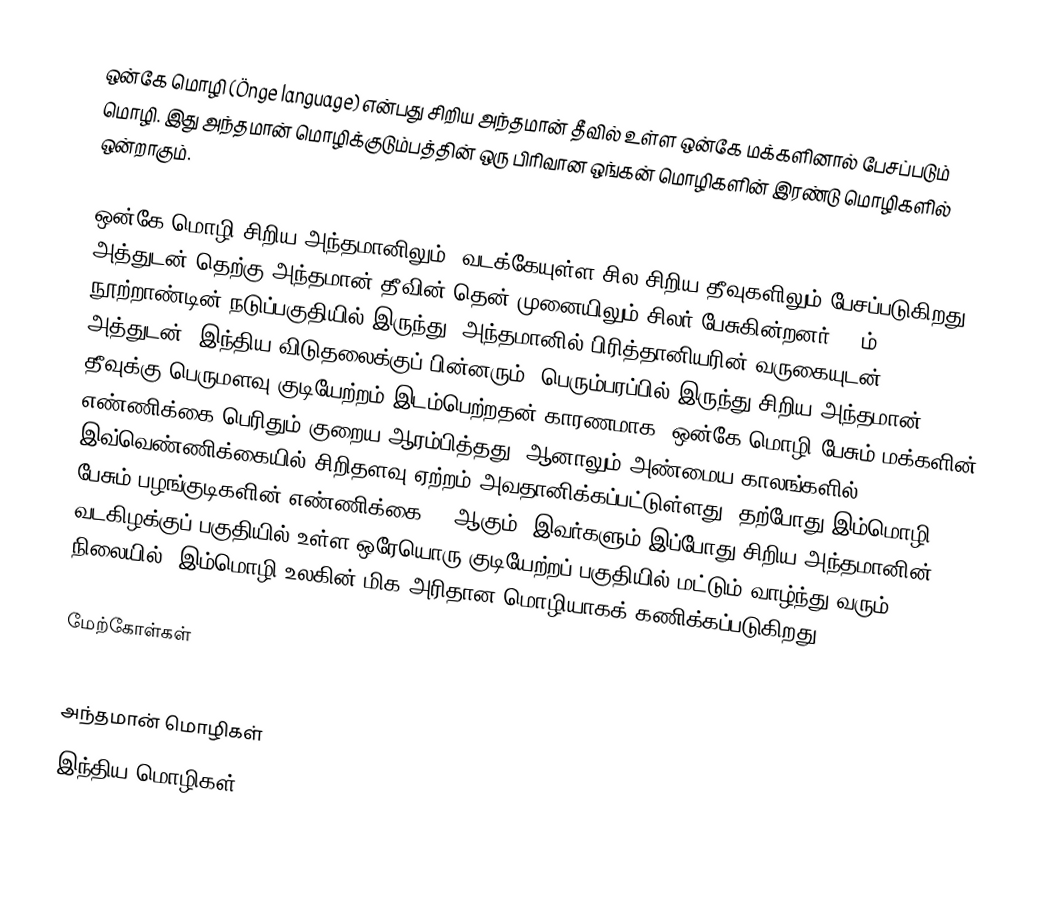
ஒன்கே மொழி (Önge language) என்பது சிறிய அந்தமான் தீவில் உள்ள ஒன்கே மக்களினால் பேசப்படும் மொழி. இது அந்தமான் மொழிக்குடும்பத்தின் ஒரு பிரிவான ஒங்கன் மொழிகளின் இரண்டு மொழிகளில் ஒன்றாகும்.

ஒன்கே மொழி சிறிய அந்தமானிலும், வடக்கேயுள்ள சில சிறிய தீவுகளிலும் பேசப்படுகிறது. அத்துடன் தெற்கு அந்தமான் தீவின் தென் முனையிலும் சிலர் பேசுகின்றனர். 19ம் நூற்றாண்டின் நடுப்பகுதியில் இருந்து, அந்தமானில் பிரித்தானியரின் வருகையுடன், அத்துடன், இந்திய விடுதலைக்குப் பின்னரும், பெரும்பரப்பில் இருந்து சிறிய அந்தமான் தீவுக்கு பெருமளவு குடியேற்றம் இடம்பெற்றதன் காரணமாக, ஒன்கே மொழி பேசும் மக்களின் எண்ணிக்கை பெரிதும் குறைய ஆரம்பித்தது, ஆனாலும் அண்மைய காலங்களில் இவ்வெண்ணிக்கையில் சிறிதளவு ஏற்றம் அவதானிக்கப்பட்டுள்ளது. தற்போது இம்மொழி பேசும் பழங்குடிகளின் எண்ணிக்கை 95 ஆகும். இவர்களும் இப்போது சிறிய அந்தமானின் வடகிழக்குப் பகுதியில் உள்ள ஒரேயொரு குடியேற்றப் பகுதியில் மட்டும் வாழ்ந்து வரும் நிலையில், இம்மொழி உலகின் மிக அரிதான மொழியாகக் கணிக்கப்படுகிறது.

மேற்கோள்கள்

அந்தமான் மொழிகள்
இந்திய மொழிகள்